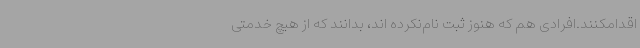
اقدامکنند.افرادی هم که هنوز ثبت نام‌نکرده اند، بدانند که از هیچ خدمتی